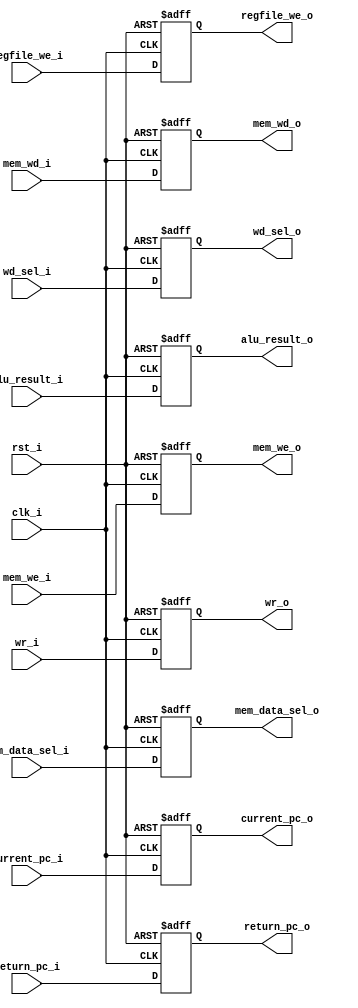
`timescale 1ns/1ps
module reg_exe_mem(
    input             clk_i,
    input             rst_i,
    input      [31:0] alu_result_i,
    input      [31:0] mem_wd_i,
    input             mem_we_i,
    input      [1:0]  mem_data_sel_i,
    input      [4:0]  wr_i,
    input      [1:0]  wd_sel_i,
    input             regfile_we_i,
    input      [31:0] return_pc_i,
    input      [31:0] current_pc_i,
    output reg [31:0] current_pc_o,
    output reg [31:0] alu_result_o,
    output reg [31:0] mem_wd_o,
    output reg        mem_we_o,
    output reg [1:0]  mem_data_sel_o,
    output reg [4:0]  wr_o,
    output reg [1:0]  wd_sel_o,
    output reg        regfile_we_o,
    output reg [31:0] return_pc_o
);
    always @(posedge clk_i or posedge rst_i) begin
        if(rst_i)
            alu_result_o <= 32'h0;
        else
            alu_result_o <= alu_result_i;
    end
    always @(posedge clk_i or posedge rst_i) begin
        if(rst_i)
            mem_wd_o <= 32'h0;
        else
            mem_wd_o <= mem_wd_i;
    end
    always @(posedge clk_i or posedge rst_i) begin
        if(rst_i)
            mem_we_o <= 1'b0;
        else
            mem_we_o <= mem_we_i;
    end
    always @(posedge clk_i or posedge rst_i) begin
        if(rst_i)
            mem_data_sel_o <= 2'h0;
        else
            mem_data_sel_o <= mem_data_sel_i;
    end
        always @(posedge clk_i or posedge rst_i) begin
        if(rst_i)
            wr_o <= 4'h0;
        else
            wr_o <= wr_i;
    end 
    always @(posedge clk_i or posedge rst_i) begin
        if(rst_i)
            wd_sel_o <= 2'h0;
        else
            wd_sel_o <= wd_sel_i;
    end 
    always @(posedge clk_i or posedge rst_i) begin
        if(rst_i)
            regfile_we_o <= 1'b0;
        else
            regfile_we_o <= regfile_we_i;
    end
    always @(posedge clk_i or posedge rst_i) begin
        if(rst_i)
            return_pc_o <= 32'h0;
        else
            return_pc_o <= return_pc_i;
    end 
    always @(posedge clk_i or posedge rst_i) begin
        if(rst_i)
            current_pc_o <= 32'h0;
        else
            current_pc_o <= current_pc_i;
    end 

endmodule